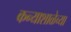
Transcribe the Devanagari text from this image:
कन्याशाळेच्या